Vaccination in Burma 1920-1933 - 1920-1933
Year: 1920
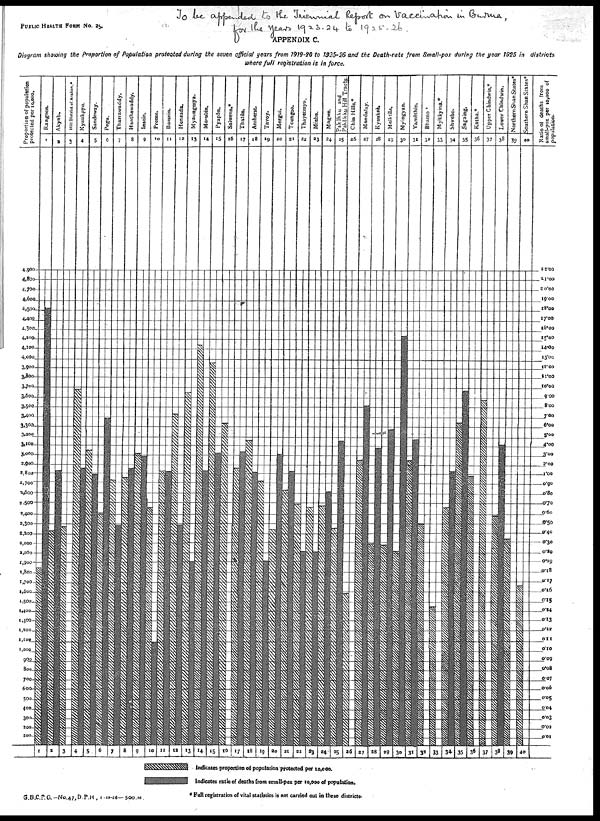
PUBLIC HEALTH FROM No. 25.
APPENDIX C.
Diagram showing the Proportion of Population protected during the seven official years from 1919-20 to 1925-26 and the Death rate from Small-pox during the year 1925 in districts
where full registration is in force.
* Full registration of vital statistics is not carried out in these districts
G.B.C.P.C.—No.47,D.P.H .,1 .10-26— 500.M .